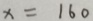
x = 1 6 0